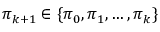
\pi _ { k + 1 } \in \{ \pi _ { 0 } , \pi _ { 1 } , \ldots , \pi _ { k } \}